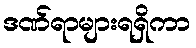
ဒဏ်ရာများရရှိကာ